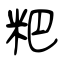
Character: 粑